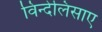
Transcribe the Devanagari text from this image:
विन्देलिसाए